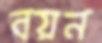
বয়ন